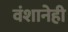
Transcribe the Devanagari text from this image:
वंशानेही